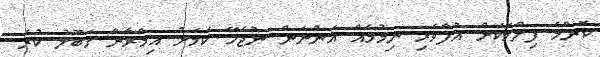
ކޮންމެ ފިލްމަކަށް އުފާވެރި ނިމުމެއް އަންނަން ނުޖެހޭ ކަމަށް އިމްރާން ގަބޫލު ކުރެ